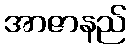
အာဇာနည်